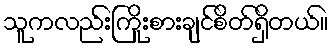
သူကလည်းကြိုးစားချင်စိတ်ရှိတယ်။